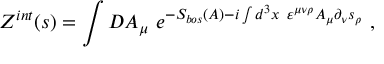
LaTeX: Z ^ { i n t } ( s ) = \int { \cal D } A _ { \mu } ~ e ^ { - S _ { b o s } ( A ) - i \int d ^ { 3 } x ~ \varepsilon ^ { \mu \nu \rho } A _ { \mu } \partial _ { \nu } s _ { \rho } } ~ ,